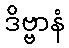
ဒိဗ္ဗာနံ